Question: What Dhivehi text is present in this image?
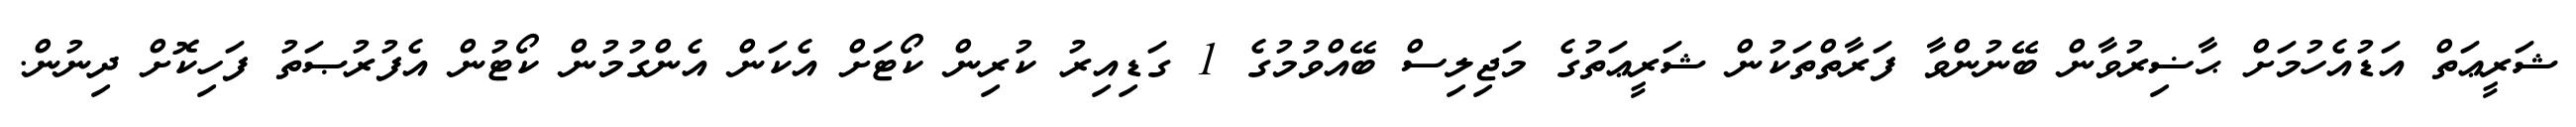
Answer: ޝަރީޢަތް އަޑުއެހުމަށް ޙާޟިރުވާން ބޭނުންވާ ފަރާތްތަކުން ޝަރީޢަތުގެ މަޖިލިސް ބޭއްވުމުގެ 1 ގަޑިއިރު ކުރިން ކޯޓަށް އެކަން އެންގުމުން ކޯޓުން އެފުރުޞަތު ފަހިކޮށް ދިނުން.